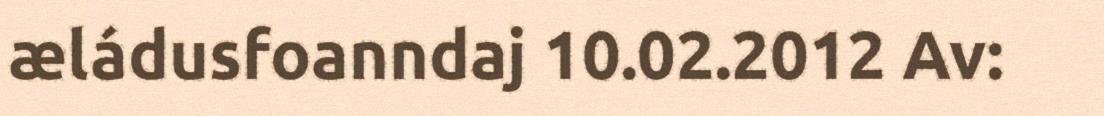
æládusfoanndaj 10.02.2012 Av: